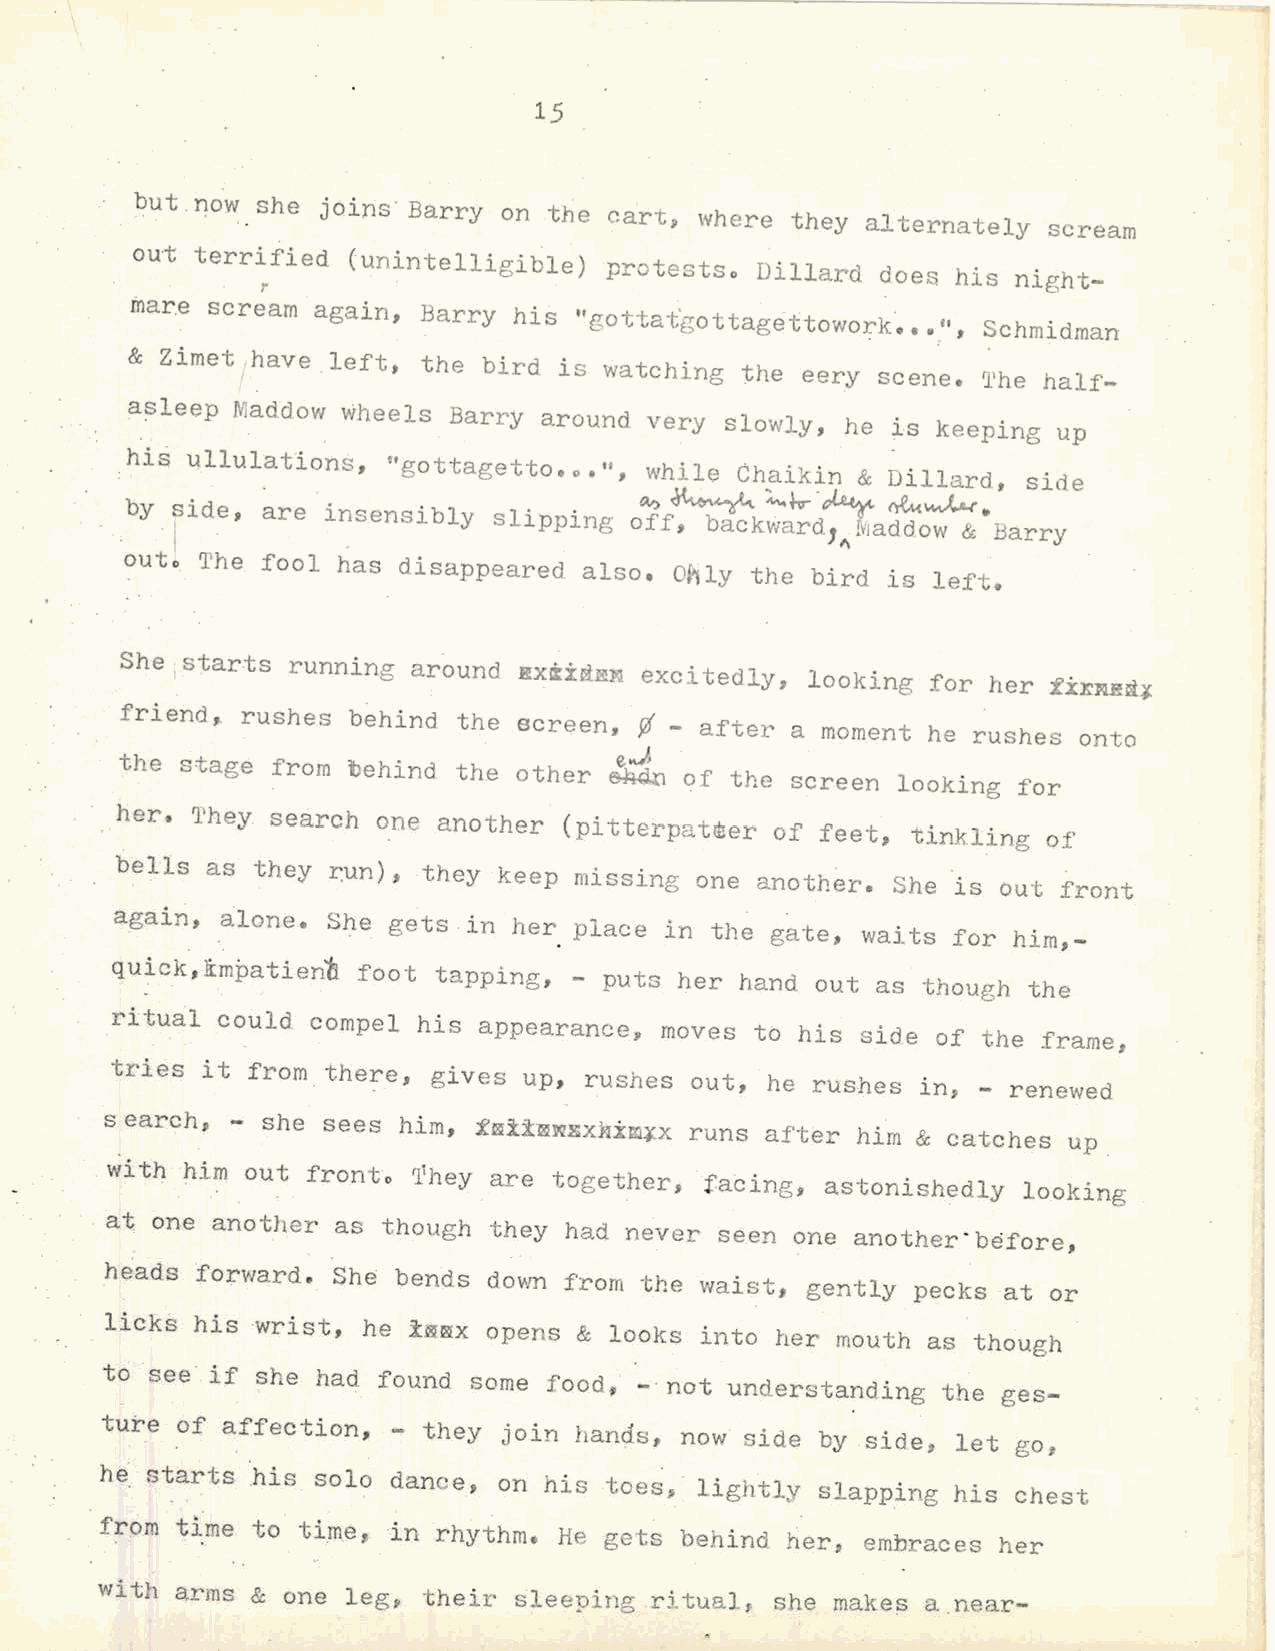
15
 but.now she joins· Barry on the cart~ where they alternately scream
 out terrified (unintelligible)
 protestso Dillard does his night-
 mare scream again, Barry his ttgottat'gottagettowork
 •• •,", Schmidman
 &  Zimet ihave _left, the bird i s watching the eery scene. 'l'he half
 asleep N!addow wheels Barry around very slowly, he is keeping up
 his ullulations,  "gottagetto.o.",
 whi le Chaikin & Dillard, side
 . by side, a. re . insensibly slipping o~ ff ,~ ~~-~~~.
 . . . I
 back0ard,~Maddow & Barry
 outo The fool has disappeared  also. O~ly the bird is left.
 She starts running around Rx*i~~B excitedly,  looking for her
 £ixNR~J
 friend, rushes behind the screen, ¢-  after a moment he rushes onto
 the stage from behind the other ~e,...) of the screen looking for
 her. 'l.'hey search one another (pi tterpatmer of feet, tinkling of
 bells as they ~un), they keep missing one another. She is out front
 again, alone. She gets in her place in the gate, waits for him,
 quick,li:~patien'tl foot tapping, - puts her hand out as though the
 ritual could  compel his appearance, moves to his side of the frame,
 tries it from there,  gives up, rushes out, he rushes in, - renewed
 search~ -she  sees him,
 f~iiBNExkimJx runs after him & catches up
 . with him out fronto '1.1hey are together, . facing, astonishedly looldng
 . at one another as though they had never seen one another·before,
 heads forward. She bends down from the waist, gently  pecks at or
 lick~ his wrist, he i~~x opens & looks into her mouth as though
 to see· if she had found some food, - ·not understanding the ges
 ture of affection, - they join hands, now side by side, let go,
 he starts his solo dance, on his toes, lightly slapping his chest
 from time to time, ~n rhythm. He gets behind ~er, embraces her
 with  arms & one leg 9 their sleeping ritualf she makes a near-